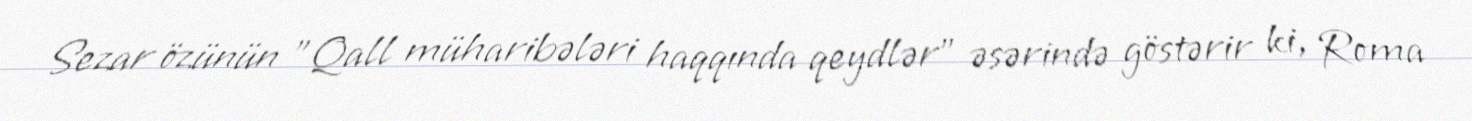
Sezar özünün "Qall müharibələri haqqında qeydlər" əsərində göstərir ki, Roma